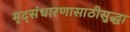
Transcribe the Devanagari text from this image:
मृद्संधारणासाठीसुद्धा